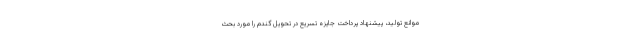
موانع تولید، پیشنهاد پرداخت جایزه تسریع در تحویل گندم را مورد بحث